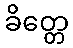
ခိတ္တေ